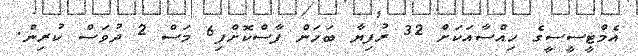
އެމްޓީސީސީގެ ހިއްސާއަކަށް 32 ރުފިޔާ ބަހަން ފާސްކޮށްފި6 މަސް 2 ދުވަސް ކުރިން.